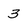
Character: 3